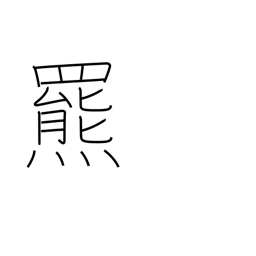
Meaning: brown bear